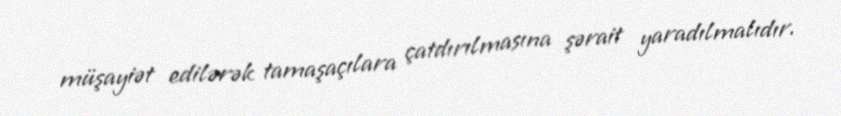
müşayiət edilərək tamaşaçılara çatdırılmasına şərait yaradılmalıdır.